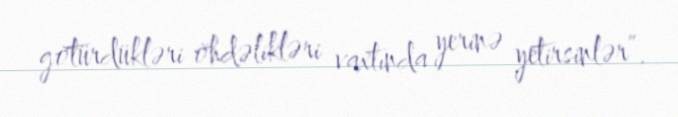
götürdükləri öhdəlikləri vaxtında yerinə yetirsinlər”.